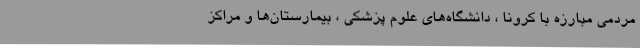
مردمی مبارزه با کرونا ، دانشگاه‌های علوم پزشکی ، بیمارستان‌ها و مراکز